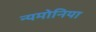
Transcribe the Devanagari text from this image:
न्यमोनिया